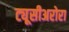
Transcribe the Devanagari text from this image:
ट्यूसीअरोरा